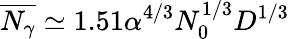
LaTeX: \overline{{N_{\gamma}}}\simeq 1.51\alpha^{4/3}N_{0}^{1/3}D^{1/3}